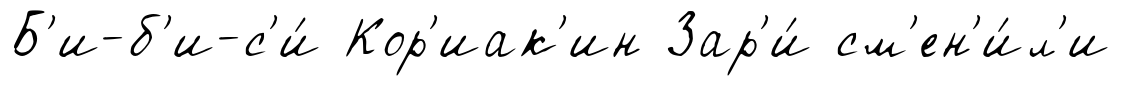
Б'и-б'и-с'и́ Кор'иак'ин Зар'и́ см'ен'и́л'и